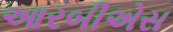
આરબીએસ